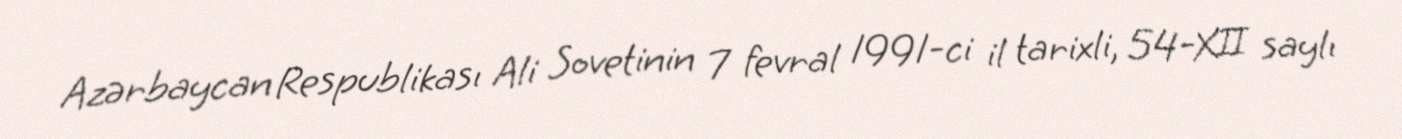
Azərbaycan Respublikası Ali Sovetinin 7 fevral 1991-ci il tarixli, 54-XII saylı